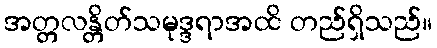
အတ္တလန္တိတ်သမုဒ္ဒရာအထိ တည်ရှိသည်။